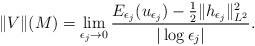
LaTeX: \begin{align*}\|V\|(M)=\lim_{\epsilon_j\to 0}\frac{E_{\epsilon_j}(u_{\epsilon_j})-\frac{1}{2}\|h_{\epsilon_j}\|_{L^2}^2}{|\log\epsilon_j|}.\end{align*}